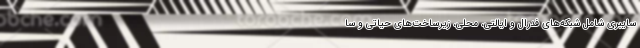
سایبری شامل شبکه‌های فدرال و ایالتی، محلی، زیرساخت‌های حیاتی و سا